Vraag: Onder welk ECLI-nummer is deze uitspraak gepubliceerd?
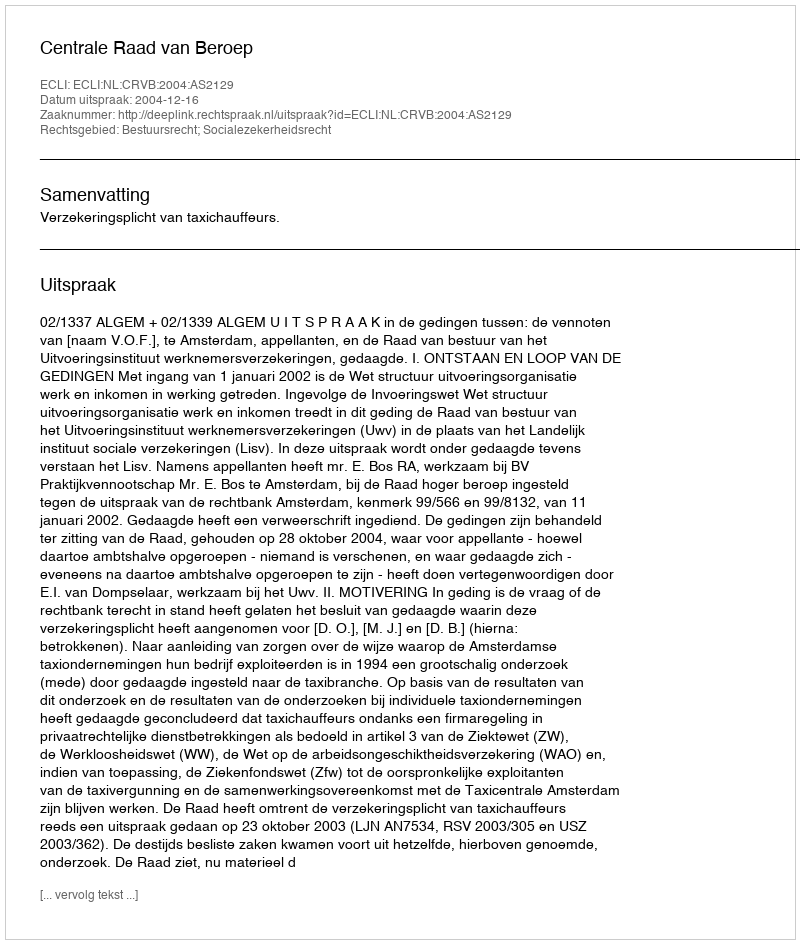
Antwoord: ECLI:NL:CRVB:2004:AS2129